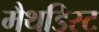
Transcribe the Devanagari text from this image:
मैथडिस्ट